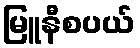
မြူနီစပယ်